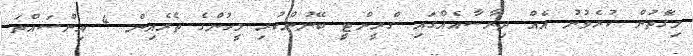
މިގެޮތުން ކުރެވުނު އެއް ދިރާސާއެއްގައި ގްރީންޓީ ބޭނުންކުރި މީހުންގެ ތެރެއިން 4 އިންސައްތަ